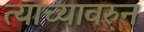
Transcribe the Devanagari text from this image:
त्याच्यावरुन